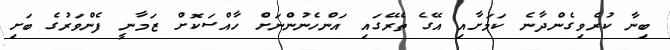
ބިނާ ކުރެވިގެންދާނެ ކަމަށާއި އޭގެ ތެރޭގައި އަންހެނުންނަށް ހާއްސަކޮށް ޒަމާނީ ފެންވަރުގެ ބަށި